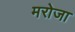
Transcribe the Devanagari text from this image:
मरोजा